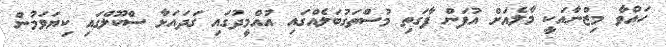
ހައްވާ މިޒްނާއަކީ މާލެއަށް އުފަން ފާގަތި މުސްތަގުބަލެއްގައި އުއްމީދުގައި ގަދައަޅާ ސްކޫލްގައި ކިޔަވަމުން